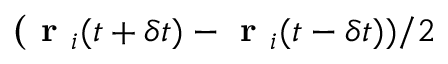
\textbf ( \textbf { r } _ { i } ( t + \delta t ) - \textbf { r } _ { i } ( t - \delta t ) ) / 2